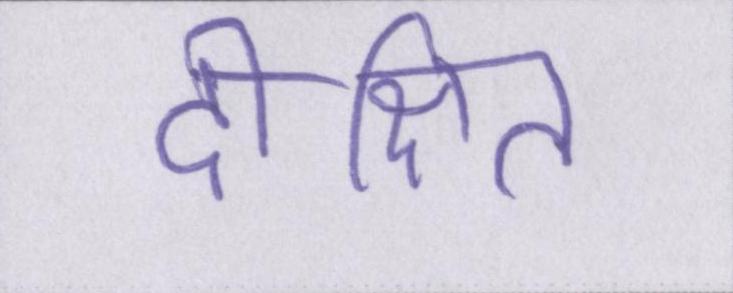
दीक्षित